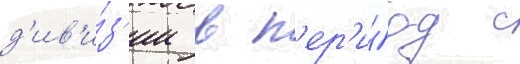
д'ив'и́з'ии в п'ер'и́од с